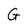
Character: G